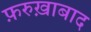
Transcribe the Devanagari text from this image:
फ़रुख़ाबाद